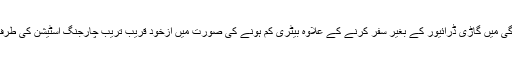
اس نظام کی موجودگی میں گاڑی ڈرائیور کے بغیر سفر کرنے کے علاوہ بیٹری کم ہونے کی صورت میں ازخود قریب تریب چارجنگ اسٹیشن کی طرف سفر کرسکے گی۔